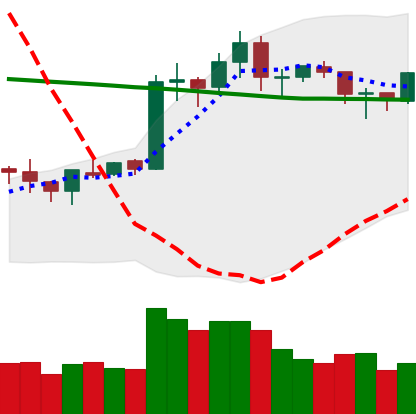
Ticker: ETH-USD
Chart end date: 2020-01-26
Forward return: 7.189%
Label: up_7plus